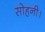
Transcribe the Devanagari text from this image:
सोहनी।